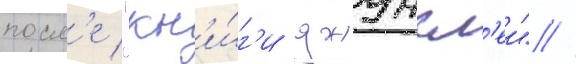
посл'е "кн'и́г'и джунгл'еи" //